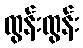
ထွန်းထွန်း